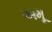
અમૂ